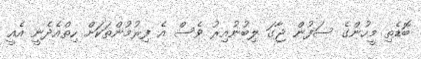
ބޮޑެތި މީހުންގެ ސަފުން ޖާގަ ލިބުނުއިރު ވެސް އެ ފިރުމުންތަކަށް ހިތްއެދެނީ އެއީ